Annual administration and progress report of the Indian Medical Department, Bombay
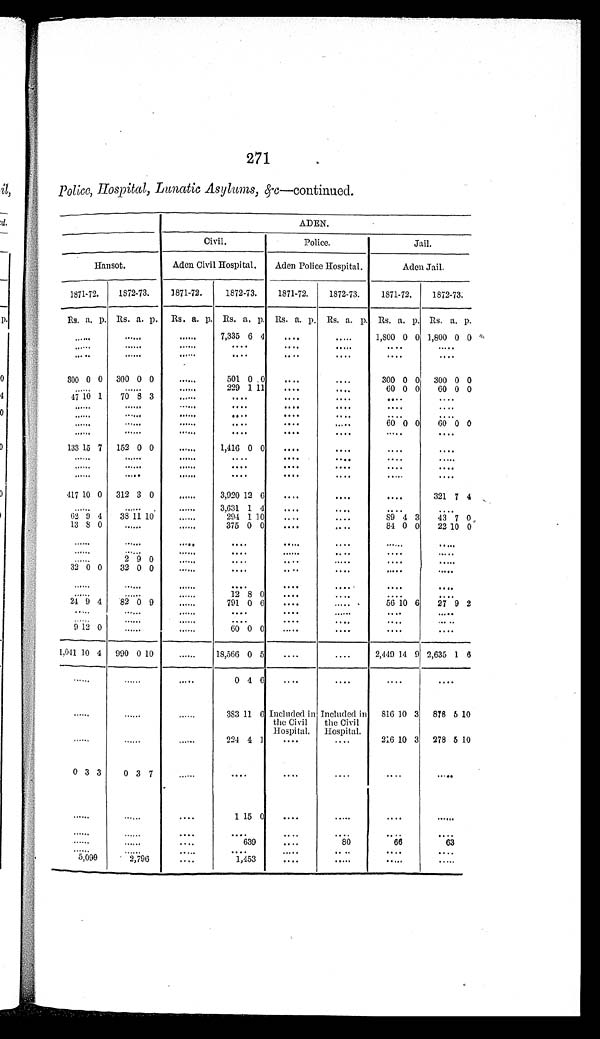
271
Police, Hospital, Lunatic Asylums, &c —continued.
ADEN.
Civil.
Police.
Jail.
H a n s o t .
Aden Civil Hospital.
Aden Police Hospital.
Aden Jail.
1871-72.
1872-73.
1871-72.
1872-73.
1871-72.
1372-73.
1871-72.
1872-73.
Rs. a. p. Rs. a. p. Rs. a. p. Rs. a. p. Rs. a. p. Rs. a. p. Rs. a. p. Rs. a. p.
. . . .
. . . .
. . . . 7,335 6 4
. . . .
. . . .
1,800 0 0 1,800 0 0
. . . .
. . . .
. . . .
. . . .
. . . .
. . . .
. . . .
. . . .
. . . .
. . . .
. . . .
. . . .
. . . .
. . . .
. . . .
....
300 0 0 300 0 0
. . . .
501 0 0
. . . .
. . . .
300 0 0 300 0 0
. . . .
. . . .
. . . . 229 1 11
. . . .
. . . .
60 0 0
60 0 0
47 10 1
70 8 3
. . . .
. . . .
. . . .
. . . .
. . . .
....
. . . .
. . . .
. . . .
. . . .
. . . .
. . . .
. . . .
....
. . . .
. . . .
. . . .
. . . .
. . . .
. . . .
. . . .
....
. . . .
. . . .
. . . .
. . . .
. . . .
. . . .60 0 0
60 0 0
. . . . .
. . . .
. . . .
. . . .
. . . .
. . . .
. . . .
. . . .
133 15 7 152 0 0
. . . .
1,416 0 0
. . . .
. . . .
. . . .
....
. . . .
. . . .
. . . .
. . . .
. . . .
. . . .
. . . .
. . . .
. . . .
. . . .
. . . .
. . . .
. . . .
. . . .
. . . .
. . . .
. . . .
. . . .
. . . .
. . . .
. . . .
. . . .
. . . .
. . . .
417 10 0 312 3 0
.....
3,920 12 6
....
. . . .
. . . .
321 7 4
. . . .
. . . .
. . . .
3,631 1 4
....
. . . .
. . . .
. . . .
62 9 4
38 11 10
. . . .
294 1 10
. . . .
. . . .
89 4 3
43 7 0
13 8 0
. . . .
. . . . 375 0 0
. . . .
. . . .
84 0 0
22 10 0
. . . .
. . . .
. . . .
. . . .
. . . .
. . . .
. . . .
. . . .
. . . .
. . . .
. . . .
. . . .
. . . .
. . . .
. . . .
. . . .
. . . .
2 9 0
. . . .
. . . .
. . . .
. . . .
. . . .
. . . .
32 0 0
32 0 0
.....
. . . . .
. . . .
. . . . .
. . . . .
. . . .
. . . .
. . . .
. . . .
. . . .
. . . .
. . . .
. . . .
. . . .
. . . .
. . . .
. . . . 12 8 0
....
. . . .
. . . . .
. . . .
24 9 4
82 0 9
. . . .
791 0 6
. . . .
. . . .
56 10 6
27 9 2
. . . .
. . . .
. . . .
. . . .
. . . .
. . . .
. . . .
. . . .
. . . .
. . . .
. . . .
. . . .
. . . .
. . . .
. . . .
. . . .
9 12 0
. . . .
. . . . 60 0 0
.....
....
....
....
1,041 10 4 990 0 10
. . . .
18,566 0 5
. . . .
. . . . 2,449 14 9 2,635 1 6
. . . .
. . . .
. . . .
0 4 6
....
....
....
....
. . . .
. . . .
. . . . 383 11 6 Included in
the Civil
Hospital.
Included in
the Civil
Hospital.
816 10 3 878 5 10
. . . .
. . . .
. . . .
224 4 1
....
. . . . 216 10 3 278 5 10
0 3 3
0 3 7
.....
....
....
. . . .
. . . .
....
. . . .
. . . .
. . . .
1 15 0
....
. . . .
....
. . . .
. . . .
. . . .
. . . .
. . . .
. . . .
. . . .
. . . .
. . . .
. . . .
. . . .
. . . . 639
. . . . 80
66
63
. . . .
. . . .
. . . .
. . . .
. . . .
. . . .
. . . .
. . . .
5,099
2,796
....
1,453
. . . .
. . . .
. . . .
. . . .